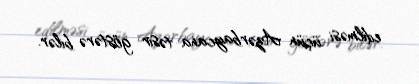
edilməsi üçün Azərbaycana təsir göstərə bilər.